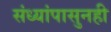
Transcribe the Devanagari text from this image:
संध्यांपासुनही